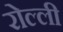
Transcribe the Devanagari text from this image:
रोल्ली